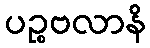
ပဉ္စဗလာနိ